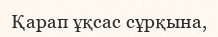
Қарап ұқсас сұрқына,